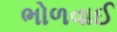
ભોળવાઈ